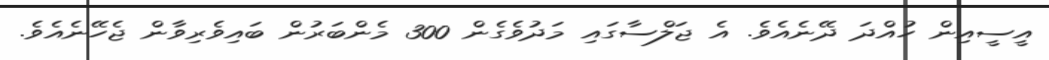
އީސީއިން ހުއްދަ ދޭނެއެވެ. އެ ޖަލްސާގައި މަދުވެގެން 300 މެންބަރުން ބައިވެރިވާން ޖެހޭނެއެވެ.